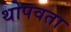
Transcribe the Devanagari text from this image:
थोपवता